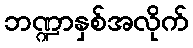
ဘဏ္ဍာနှစ်အလိုက်